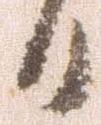
日